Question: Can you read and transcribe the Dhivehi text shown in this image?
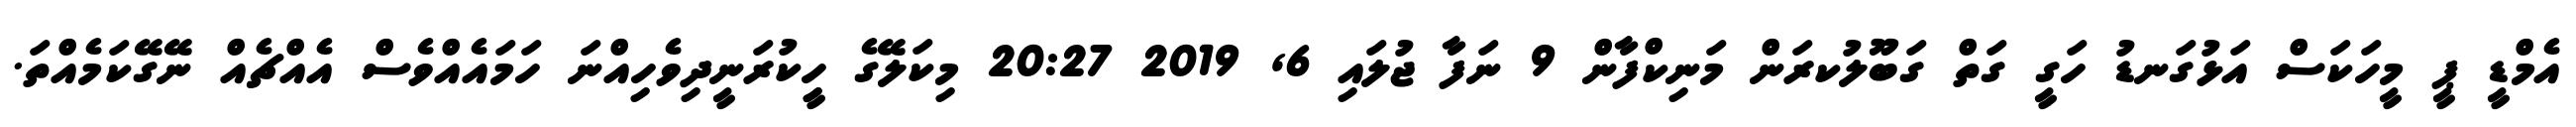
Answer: އެމްޑީ ޕީ މީހަކަސް އަޅުގަނޑު ހަގީ ގަތް ގަބޫލުކރަން މަނިކްފާން 9 ނަފާ ޖުލައި 6, 2019 20:27 މިކަލޭގެ ހީިކުރަނީދިވެހިއްނަ ހަމައެއްވެސް އެއްޗެއް ނޭގޭކަމެއްތަ.